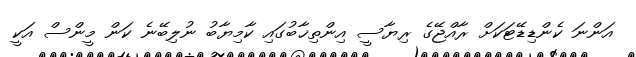
އަންނަ ކެންޑިޑޭޓަަކަށް ރާއްޖޭގެ ރިޔާސީ އިންތިޚާބުގައި ކާމިޔާބު ނުލިބޭނެ ކަން މީންސް އަކީ